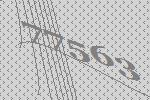
77563